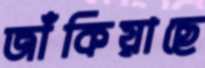
জাঁকিয়াছে